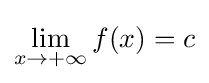
\lim _{x\rightarrow +\infty }f(x)=c